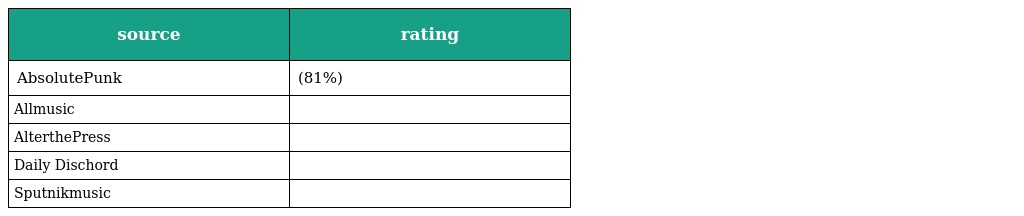
| source | rating |
 | --- | --- |
 | AbsolutePunk | (81%) |
 | Allmusic |  |
 | AlterthePress |  |
 | Daily Dischord |  |
 | Sputnikmusic |  |